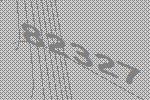
82327